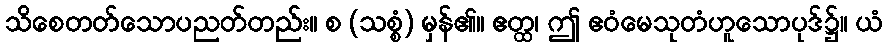
သိစေတတ်သောပညတ်တည်း။ စ (သစ္စံ) မှန်၏။ ဧတ္ထ၊ ဤ ဧဝံမေသုတံဟူသောပုဒ်၌။ ယံ